Vaccination in Bombay 1902-1912 - 1902-1912
Year: 1902
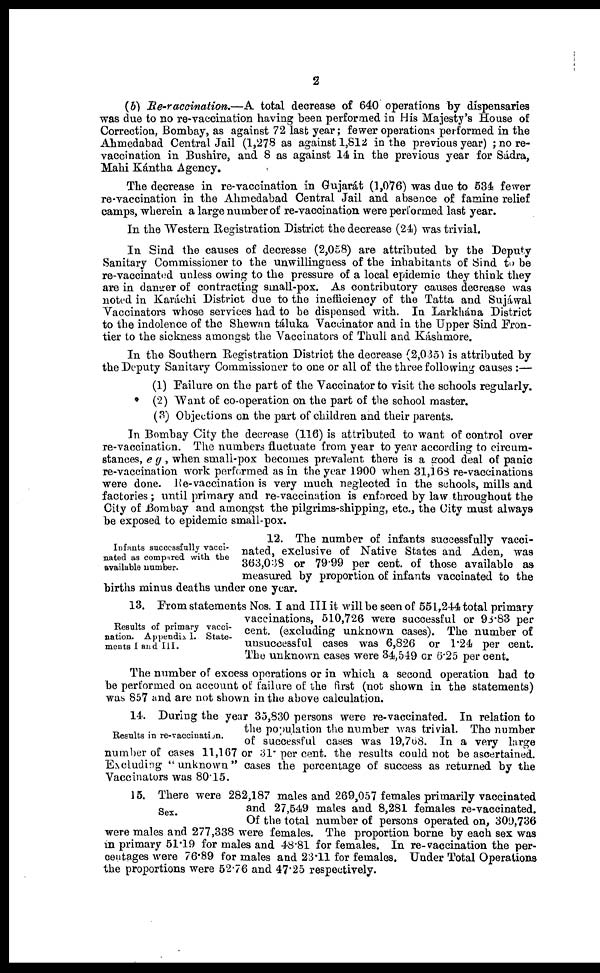
2
(b) Re-vaccination.—A total decrease of 640 operations by dispensaries
was due to no re-vaccination having been performed in His Majesty's House of
Correction, Bombay, as against 72 last year ; fewer operations performed in the
Ahmedabad Central Jail (1,278 as against 1,812 in the previous year) ; no re¬
vaccination in Bushire, and 8 as against 14 in the previous year for Sádra,
Mahi Kántha Agency.
The decrease in re-vaccination in Gujarát (1,076) was due to 534 fewer
re-vaccination in the Ahmedabad Central Jail and absence of famine relief
camps, wherein a large number of re-vaccination were performed last year.
In the Western Registration District the decrease (24) was trivial.
In Sind the causes of decrease (2,058) are attributed by the Deputy
Sanitary Commissioner to the unwillingness of the inhabitants of Sind to be
re-vaccinated unless owing to the pressure of a local epidemic they think they
are in danger of contracting small-pox. As contributory causes decrease was
noted in Karáchi District due to the inefficiency of the Tatta and Sujáwal
Vaccinators whose services had to be dispensed with. In Larkhána District
to the indolence of the Shewan táluka Vaccinator and in the Upper Sind Fron-
tier to the sickness amongst the Vaccinators of Thull and Káshmore.
In the Southern Registration District the decrease (2,035) is attributed by
the Deputy Sanitary Commissioner to one or all of the three following causes :—
(1) Failure on the part of the Vaccinator to visit the schools regularly.
(2) Want of co-operation on the part of the school master.
(3) Objections on the part of children and their parents.
In Bombay City the decrease (116) is attributed to want of control over
re-vaccination. The numbers fluctuate from year to year according to circum-
stances, eg, when small-pox becomes prevalent there is a good deal of panic
re-vaccination work performed as in the year 1900 when 31,168 re-vaccinations
were done. Re-vaccination is very much neglected in the schools, mills and
factories ; until primary and re-vaccination is enforced by law throughout the
City of Bombay and amongst the pilgrims-shipping, etc., the City must always
be exposed to epidemic small-pox.
Infants successfully vacci-
nated as compared with the
available number.
12. The number of infants successfully vacci-
nated, exclusive of Native States and Aden, was
363,038 or 79.99 per cent. of those available as
measured by proportion of infants vaccinated to the
births minus deaths under one year.
Results of primary vacci-
nation. Appendix I. State-
ments I and III.
13. From statements Nos. I and III it will be seen of 551,244 total primary
vaccinations, 510,726 were successful or 98.83 per
cent. (excluding unknown cases). The number of
unsuccessful cases was 6,826 or 1.24 per cent.
The unknown cases were 34,549 or 6.25 per cent.
The number of excess operations or in which a second operation had to
be performed on account of failure of the first (not shown in the statements)
was 857 and are not shown in the above calculation.
Results in re-vaccination.
14. During the year 35,830 persons were re-vaccinated. In relation to
the population the number was trivial. The number
of successful cases was 19,768. In a very large
number of cases 11,167 or 31. per cent. the results could not be ascertained.
Excluding " unknown " cases the percentage of success as returned by the
Vaccinators was 80.15.
Sex.
15. There were 282,187 males and 269,057 females primarily vaccinated
and 27,549 males and 8,281 females re-vaccinated.
Of the total number of persons operated on, 309,736
were males and 277,338 were females. The proportion borne by each sex was
in primary 51.19 for males and 48.81 for females. In re-vaccination the per-
centages were 76.89 for males and 23.11 for females. Under Total Operations
the proportions were 52.76 and 47.25 respectively.